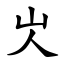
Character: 㞤